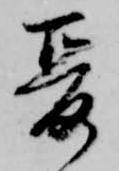
爰